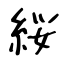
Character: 䋝